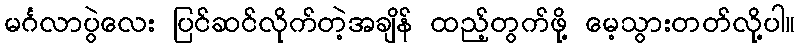
မင်္ဂလာပွဲလေး ပြင်ဆင်လိုက်တဲ့အချိန် ထည့်တွက်ဖို့ မေ့သွားတတ်လို့ပါ။